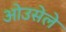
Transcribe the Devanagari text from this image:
ओउसेले